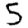
Digit: 5